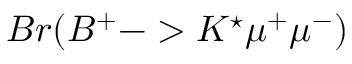
B r ( B ^ { + } - > K ^ { \star } \mu ^ { + } \mu ^ { - } )